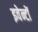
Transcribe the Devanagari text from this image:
इवेन्टों